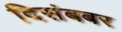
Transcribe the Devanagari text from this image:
दिसंबबर